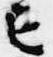
亡